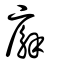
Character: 廨